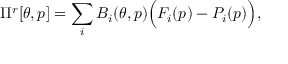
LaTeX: \Pi ^ { r } [ \theta , p ] = \sum _ { i } B _ { i } ( \theta , p ) \Big ( F _ { i } ( p ) - P _ { i } ( p ) \Big ) ,